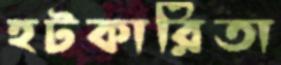
হটকারিতা